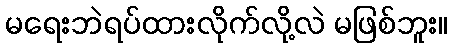
မရေးဘဲရပ်ထားလိုက်လို့လဲ မဖြစ်ဘူး။